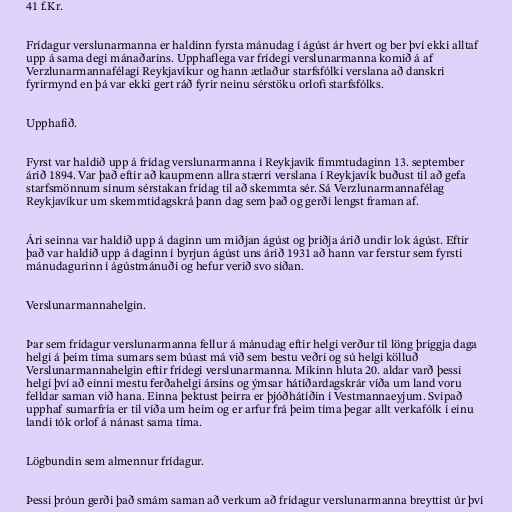
41 f.Kr.

Frídagur verslunarmanna er haldinn fyrsta mánudag í ágúst ár hvert og ber því ekki alltaf
upp á sama degi mánaðarins. Upphaflega var frídegi verslunarmanna komið á af
Verzlunarmannafélagi Reykjavíkur og hann ætlaður starfsfólki verslana að danskri
fyrirmynd en þá var ekki gert ráð fyrir neinu sérstöku orlofi starfsfólks.

Upphafið.

Fyrst var haldið upp á frídag verslunarmanna í Reykjavík fimmtudaginn 13. september
árið 1894. Var það eftir að kaupmenn allra stærri verslana í Reykjavík buðust til að gefa
starfsmönnum sínum sérstakan frídag til að skemmta sér. Sá Verzlunarmannafélag
Reykjavíkur um skemmtidagskrá þann dag sem það og gerði lengst framan af.

Ári seinna var haldið upp á daginn um miðjan ágúst og þriðja árið undir lok ágúst. Eftir
það var haldið upp á daginn í byrjun ágúst uns árið 1931 að hann var ferstur sem fyrsti
mánudagurinn í ágústmánuði og hefur verið svo síðan.

Verslunarmannahelgin.

Þar sem frídagur verslunarmanna fellur á mánudag eftir helgi verður til löng þriggja daga
helgi á þeim tíma sumars sem búast má við sem bestu veðri og sú helgi kölluð
Verslunarmannahelgin eftir frídegi verslunarmanna. Mikinn hluta 20. aldar varð þessi
helgi því að einni mestu ferðahelgi ársins og ýmsar hátíðardagskrár víða um land voru
felldar saman við hana. Einna þektust þeirra er þjóðhátíðin í Vestmannaeyjum. Svipað
upphaf sumarfría er til víða um heim og er arfur frá þeim tíma þegar allt verkafólk í einu
landi tók orlof á nánast sama tíma.

Lögbundin sem almennur frídagur.

Þessi þróun gerði það smám saman að verkum að frídagur verslunarmanna breyttist úr því